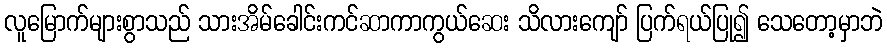
လူမြောက်များစွာသည် သားအိမ်ခေါင်းကင်ဆာကာကွယ်ဆေး သိလားကျော် ပြက်ရယ်ပြု၍ သေတော့မှာဘဲ